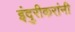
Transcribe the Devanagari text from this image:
इंदुरीकरांनी